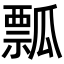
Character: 瓢